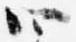
四